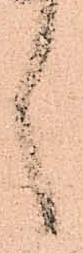
言